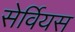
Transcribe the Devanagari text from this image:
सेर्वियस